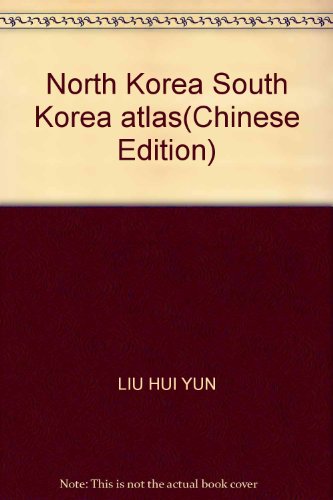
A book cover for North Korea South Korea atlas(Chinese Edition); LIU HUI YUN; Travel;